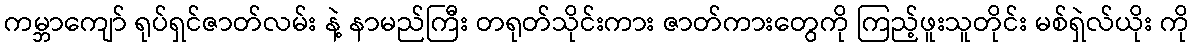
ကမ္ဘာကျော် ရုပ်ရှင်ဇာတ်လမ်း နဲ့ နာမည်ကြီး တရုတ်သိုင်းကား ဇာတ်ကားတွေကို ကြည့်ဖူးသူတိုင်း မစ်ရှဲလ်ယိုး ကို